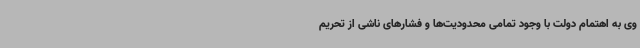
وی به اهتمام دولت با وجود تمامی محدودیت‌ها و فشارهای ناشی از تحریم